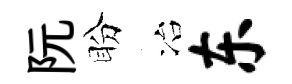
阮盼冶东